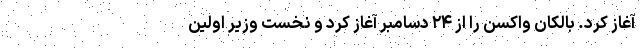
آغاز کرد. بالکان واکسن را از ۲۴ دسامبر آغاز کرد و نخست وزیر اولین